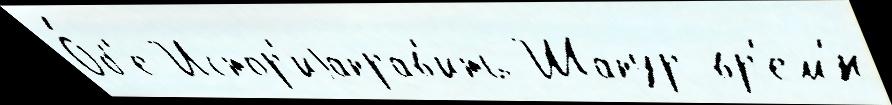
О́б'е Истор'иjаправ'ить Шапур вр'ем'́н